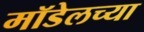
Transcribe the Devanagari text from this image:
मॉडेलच्या